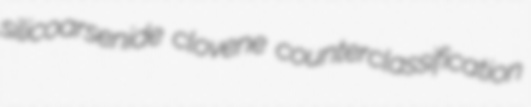
silicoarsenide clovene counterclassification